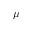
\mu